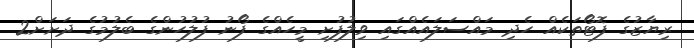
ރިޔާޒުގެ ފޮޓޯތަކެއް ހެދި މައްސަލައެއްގައި ވިލުފުށި މީހެއްގެ ފޯނު ފުލުހުންގެ ބެލުމުގެ ދަށަށް2